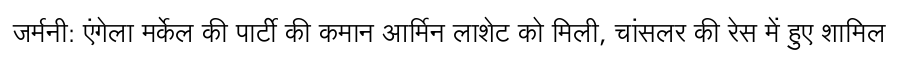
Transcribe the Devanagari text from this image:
जर्मनी: एंगेला मर्केल की पार्टी की कमान आर्मिन लाशेट को मिली, चांसलर की रेस में हुए शामिल